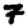
Digit: 7